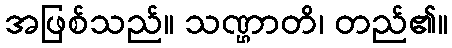
အဖြစ်သည်။ သဏ္ဌာတိ၊ တည်၏။